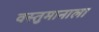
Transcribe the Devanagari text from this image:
वस्तुमानाला